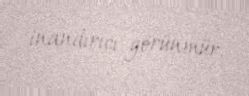
inandırıcı görünmür.